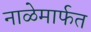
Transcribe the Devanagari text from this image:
नाळेमार्फत